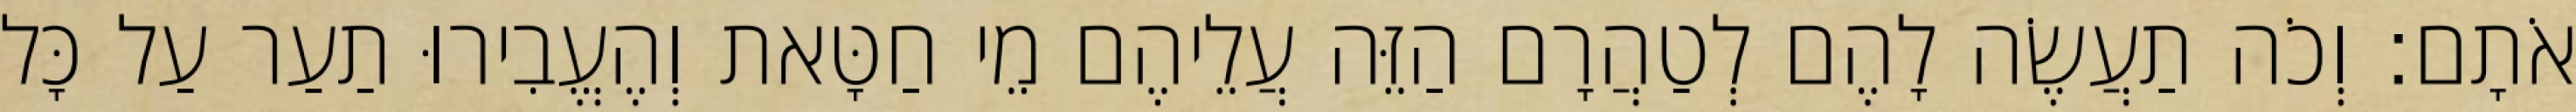
אֹתָם׃ וְכֹה תַעֲשֶׂה לָהֶם לְטַהֲרָם הַזֵּה עֲלֵיהֶם מֵי חַטָּאת וְהֶעֱבִירוּ תַעַר עַל כָּל